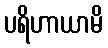
ပရိဟာယာမိ